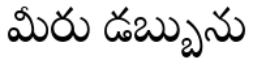
మీరు డబ్బును